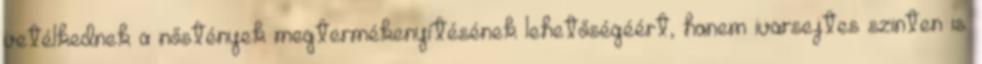
vetélkednek a nőstények megtermékenyítésének lehetőségéért, hanem ivarsejtes szinten is.